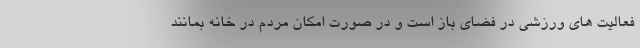
فعالیت های ورزشی در فضای باز است و در صورت امکان مردم در خانه بمانند